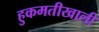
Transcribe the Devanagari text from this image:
हुकमतीखाली